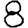
Digit: 8